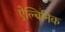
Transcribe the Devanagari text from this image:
ऐल्बिनिक